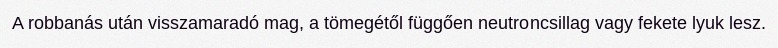
A robbanás után visszamaradó mag, a tömegétől függően neutroncsillag vagy fekete lyuk lesz.